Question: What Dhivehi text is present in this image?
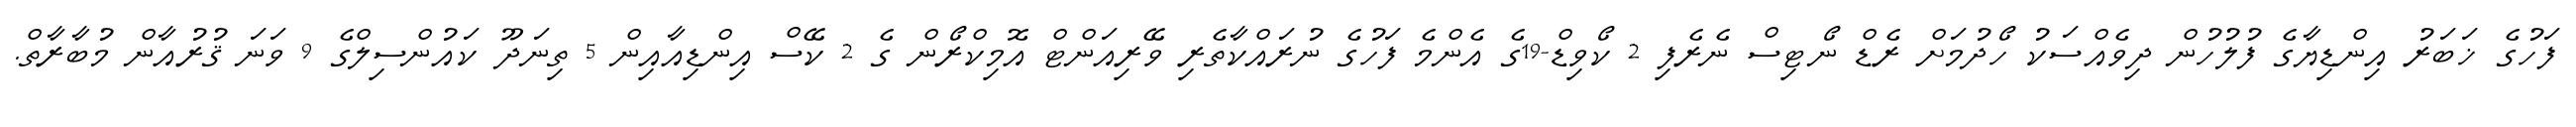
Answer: ފަހުގެ ޚަބަރު އިންޑިޔާގެ ފުލުހުން ދިވެއްސަކު ހޯދުމަށް ރެޑް ނޯޓިސް ނެރެފި 2 ކޯވިޑް-19ގެ އެންމެ ފަހުގެ ނުރައްކާތެރި ވޭރިއަންޓް އޮމިކްރޯން ގެ 2 ކޭސް އިންޑިއާއިން 5 ތިނަދޫ ކައުންސިލްގެ 9 ވަނަ ޤުރުއާން މުބާރާތް.